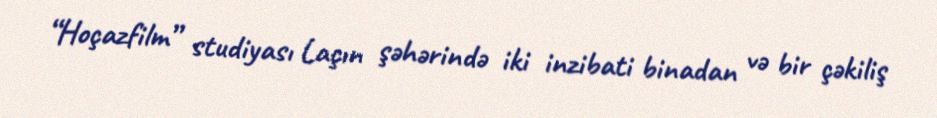
“Hoçazfilm” studiyası Laçın şəhərində iki inzibati binadan və bir çəkiliş